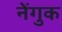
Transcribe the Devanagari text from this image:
नेंगुक